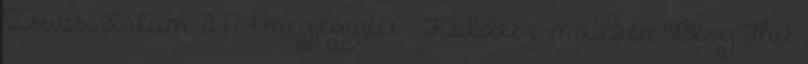
Zsuzsi dátum: 8:37 4 megjegyzés : Küldés e-mailben BlogThis